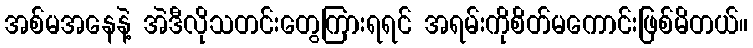
အစ်မအနေနဲ့ အဲဒီလိုသတင်းတွေကြားရရင် အရမ်းကိုစိတ်မကောင်းဖြစ်မိတယ်။